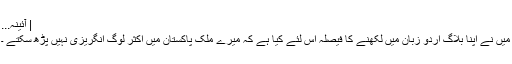
| آئینہ...
میں نے اپنا بلاگ اردو زبان میں لکھنے کا فیصلہ اس لئے کیا ہے کہ میرے ملک پاکستان میں اکثر لوگ انگریزی نہیں پڑھ سکتے ۔